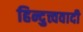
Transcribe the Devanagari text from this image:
हिन्दुत्त्ववादी